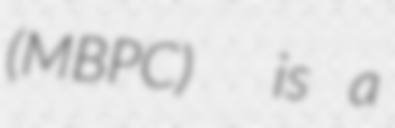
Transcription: (MBPC)  is a